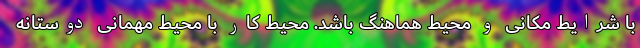
با شرایط مکانی و محیط هماهنگ باشد. محیط کار با محیط مهمانی دوستانه